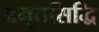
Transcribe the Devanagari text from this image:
अमृतसिद्धि